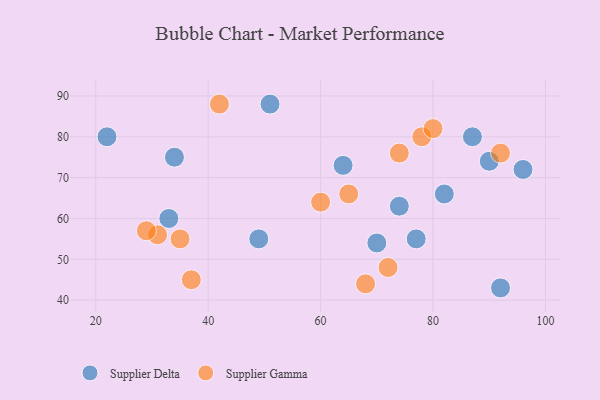
{"axis": {"x": "GDP", "y": "Life Expectancy"}, "legend": ["Supplier Delta", "Supplier Gamma"], "data": [{"x": "96", "y": 72, "type": "Supplier Delta"}, {"x": "22", "y": 80, "type": "Supplier Delta"}, {"x": "51", "y": 88, "type": "Supplier Delta"}, {"x": "64", "y": 73, "type": "Supplier Delta"}, {"x": "34", "y": 75, "type": "Supplier Delta"}, {"x": "90", "y": 74, "type": "Supplier Delta"}, {"x": "74", "y": 63, "type": "Supplier Delta"}, {"x": "87", "y": 80, "type": "Supplier Delta"}, {"x": "82", "y": 66, "type": "Supplier Delta"}, {"x": "70", "y": 54, "type": "Supplier Delta"}, {"x": "92", "y": 43, "type": "Supplier Delta"}, {"x": "77", "y": 55, "type": "Supplier Delta"}, {"x": "49", "y": 55, "type": "Supplier Delta"}, {"x": "33", "y": 60, "type": "Supplier Delta"}, {"x": "31", "y": 56, "type": "Supplier Gamma"}, {"x": "37", "y": 45, "type": "Supplier Gamma"}, {"x": "74", "y": 76, "type": "Supplier Gamma"}, {"x": "68", "y": 44, "type": "Supplier Gamma"}, {"x": "29", "y": 57, "type": "Supplier Gamma"}, {"x": "35", "y": 55, "type": "Supplier Gamma"}, {"x": "60", "y": 64, "type": "Supplier Gamma"}, {"x": "65", "y": 66, "type": "Supplier Gamma"}, {"x": "92", "y": 76, "type": "Supplier Gamma"}, {"x": "78", "y": 80, "type": "Supplier Gamma"}, {"x": "72", "y": 48, "type": "Supplier Gamma"}, {"x": "80", "y": 82, "type": "Supplier Gamma"}, {"x": "42", "y": 88, "type": "Supplier Gamma"}]}